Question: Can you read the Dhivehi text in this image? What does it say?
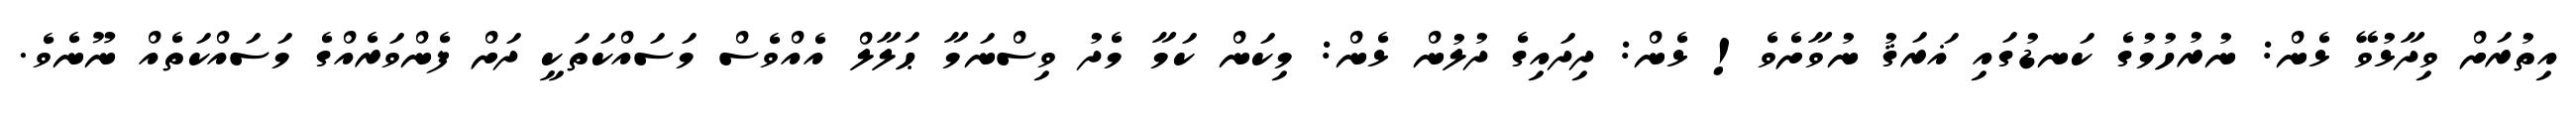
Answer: އިތުރަށް ވިދާޅުވޭ ޅެން: ނުރުހުމުގެ ކަނޑުގައި ޣަރަޤު ނުވާށެވެ! ޅެން: ދިދައިގެ ދުލުން ޅެން: މިކަން ކަމާ މެދު ވިސްނަމާ ޙަލާލް އެއްވެސް މަސައްކަތަކީ ދަށް ފެންވަރެއްގެ މަސައްކަތެއް ނޫނެވެ.